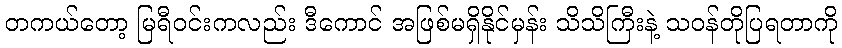
တကယ်တော့ မြရီဝင်းကလည်း ဒီကောင် အဖြစ်မရှိနိုင်မှန်း သိသိကြီးနဲ့ သဝန်တိုပြရတာကို